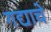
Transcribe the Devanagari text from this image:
गद्याचे